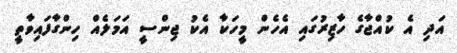
އަދި އެ ކުއްޖާގެ ހާޒިރުގައި އެހެން މީހަކާ އެކު ޖިންސީ އަމަލެއް ހިންގާފައިވާތީ